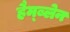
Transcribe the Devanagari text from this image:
हैम्ब्लेन